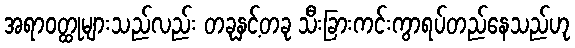
အရာဝတ္ထုများသည်လည်း တခုနှင့်တခု သီးခြားကင်းကွာရပ်တည်နေသည်ဟု